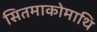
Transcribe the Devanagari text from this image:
सितमाकोमाथि